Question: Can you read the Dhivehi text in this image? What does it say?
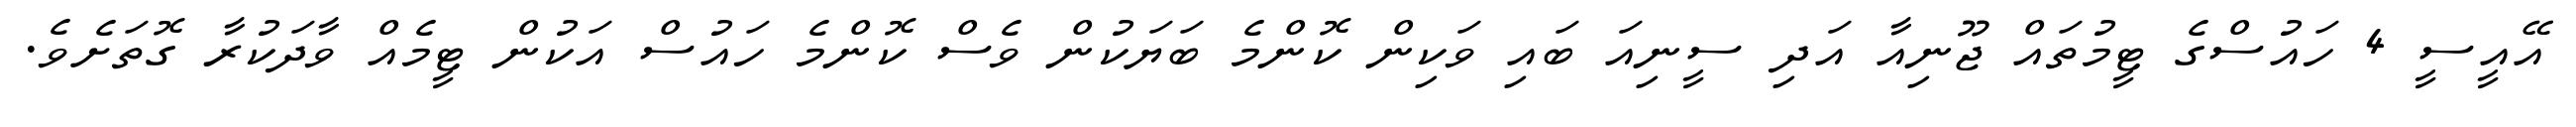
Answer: އޭއީސީ 4 ހައުސްގެ ޓީމުތައް ޖޫނިއާ އަދި ސީނިއަ ބައި ވަކިން ކޮންމެ ބަޔަކުން ވެސް ކޮންމެ ހައުސް އަކުން ޓީމެއް ވާދަކުރާ ގޮތަށެވެ.